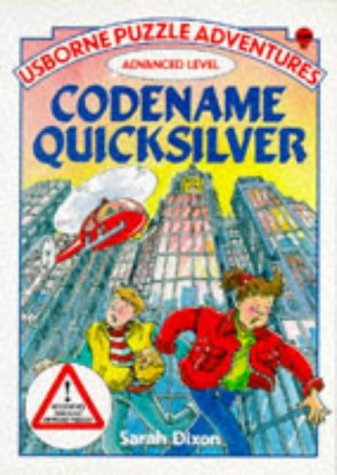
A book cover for Codename Quicksilver: Advanced Level (Usborne Puzzle Adventures Series); Sarah Dixon; Teen & Young Adult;